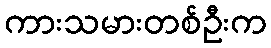
ကားသမားတစ်ဦးက